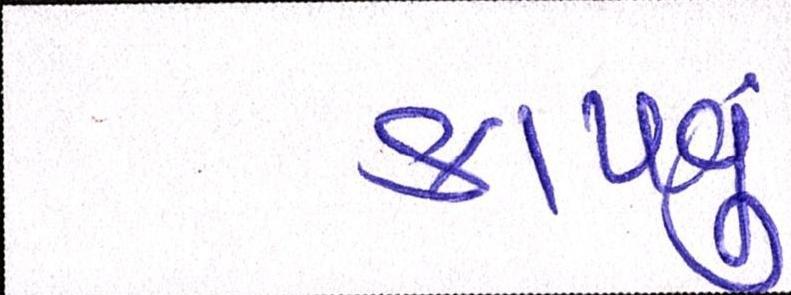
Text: કાપવુ